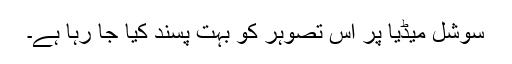
سوشل میڈیا پر اس تصوہر کو بہت پسند کیا جا رہا ہے۔